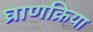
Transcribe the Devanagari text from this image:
घ्राणक्रिया